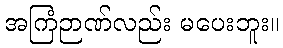
အကြံဉာဏ်လည်း မပေးဘူး။